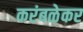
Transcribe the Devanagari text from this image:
करंबळेकर